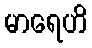
မာရေဟိ